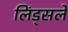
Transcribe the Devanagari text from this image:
लिंड्सले